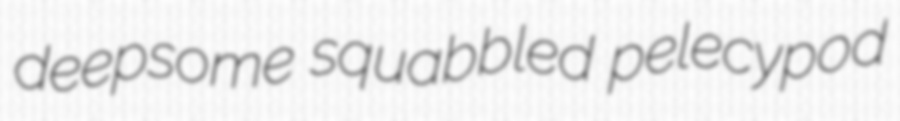
deepsome squabbled pelecypod